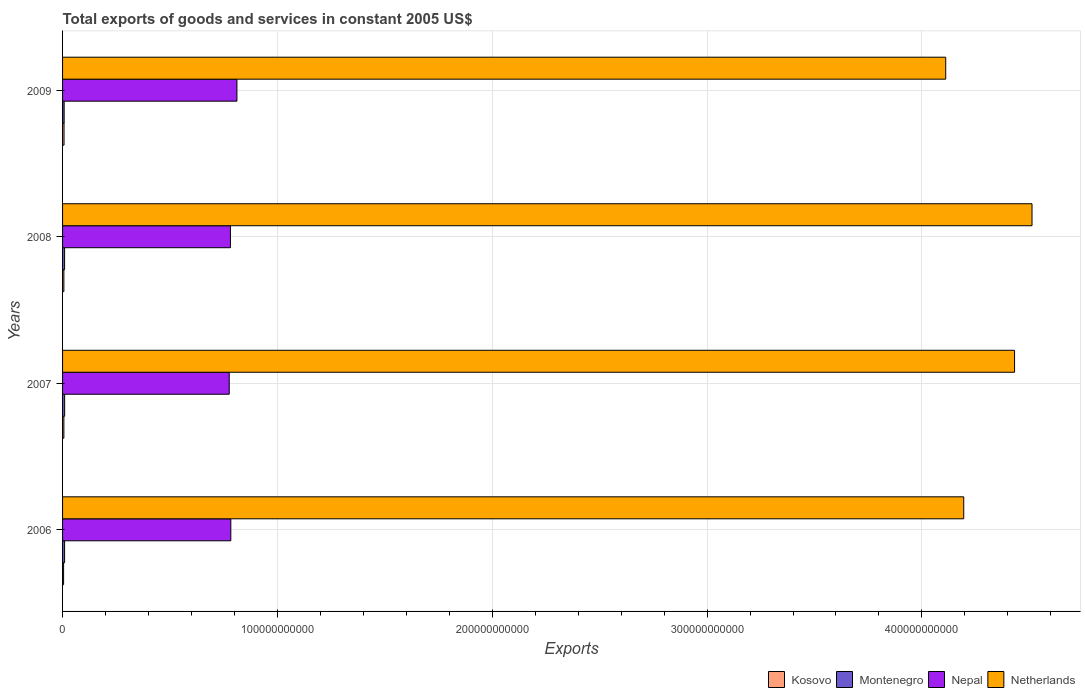
| Years | Kosovo | Montenegro | Nepal | Netherlands |
 | --- | --- | --- | --- | --- |
 | 2006 | 4.81e+08 | 9.46e+08 | 7.83e+10 | 4.19e+11 |
 | 2007 | 6.08e+08 | 9.66e+08 | 7.76e+10 | 4.43e+11 |
 | 2008 | 6.09e+08 | 9.46e+08 | 7.81e+10 | 4.51e+11 |
 | 2009 | 6.85e+08 | 7.35e+08 | 8.12e+10 | 4.11e+11 |